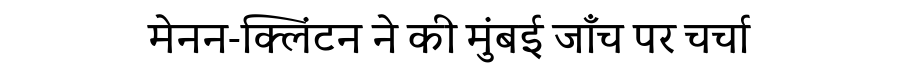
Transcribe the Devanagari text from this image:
मेनन-क्लिंटन ने की मुंबई जाँच पर चर्चा